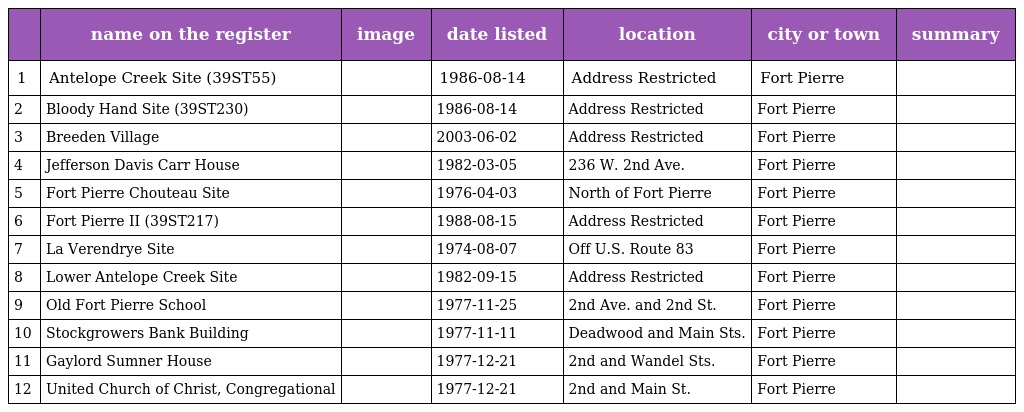
|  | name on the register | image | date listed | location | city or town | summary |
 | --- | --- | --- | --- | --- | --- | --- |
 | 1 | Antelope Creek Site (39ST55) |  | 1986-08-14 | Address Restricted | Fort Pierre |  |
 | 2 | Bloody Hand Site (39ST230) |  | 1986-08-14 | Address Restricted | Fort Pierre |  |
 | 3 | Breeden Village |  | 2003-06-02 | Address Restricted | Fort Pierre |  |
 | 4 | Jefferson Davis Carr House |  | 1982-03-05 | 236 W. 2nd Ave. | Fort Pierre |  |
 | 5 | Fort Pierre Chouteau Site |  | 1976-04-03 | North of Fort Pierre | Fort Pierre |  |
 | 6 | Fort Pierre II (39ST217) |  | 1988-08-15 | Address Restricted | Fort Pierre |  |
 | 7 | La Verendrye Site |  | 1974-08-07 | Off U.S. Route 83 | Fort Pierre |  |
 | 8 | Lower Antelope Creek Site |  | 1982-09-15 | Address Restricted | Fort Pierre |  |
 | 9 | Old Fort Pierre School |  | 1977-11-25 | 2nd Ave. and 2nd St. | Fort Pierre |  |
 | 10 | Stockgrowers Bank Building |  | 1977-11-11 | Deadwood and Main Sts. | Fort Pierre |  |
 | 11 | Gaylord Sumner House |  | 1977-12-21 | 2nd and Wandel Sts. | Fort Pierre |  |
 | 12 | United Church of Christ, Congregational |  | 1977-12-21 | 2nd and Main St. | Fort Pierre |  |